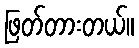
ဖြတ်တားတယ်။